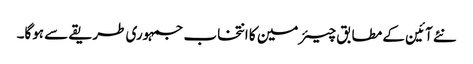
نئے آئین کے مطابق چیئرمین کا انتخاب جمہوری طریقے سے ہوگا۔